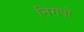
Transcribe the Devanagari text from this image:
निंगपो